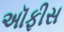
અૉફીસ